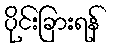
ပိုင်းခြားရန်